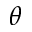
\theta